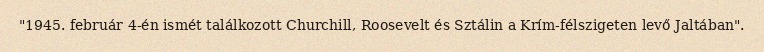
"1945. február 4-én ismét találkozott Churchill, Roosevelt és Sztálin a Krím-félszigeten levő Jaltában".